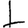
Digit: 1